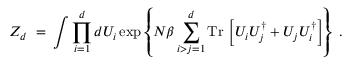
Z _ { d } \; = \; \int \prod _ { i = 1 } ^ { d } d U _ { i } \exp \left\{ N \beta \sum _ { i > j = 1 } ^ { d } \mathrm { T r } \, \left[ U _ { i } U _ { j } ^ { \dagger } + U _ { j } U _ { i } ^ { \dagger } \right] \right\} \; .